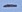
Text: -